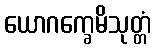
ယောဂက္ခေမိသုတ္တံ